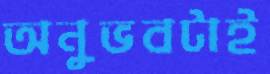
অনুভবটাই